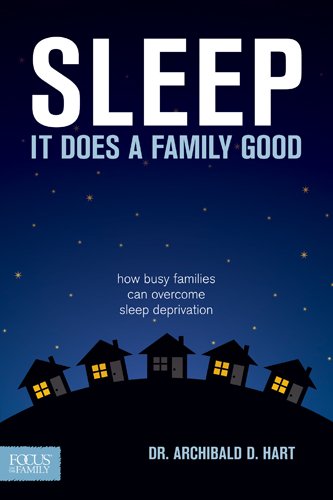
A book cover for Sleep It Does a Family Good: How Busy Families Can Overcome Sleep Deprivation; Archibald D. Hart; Health, Fitness & Dieting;